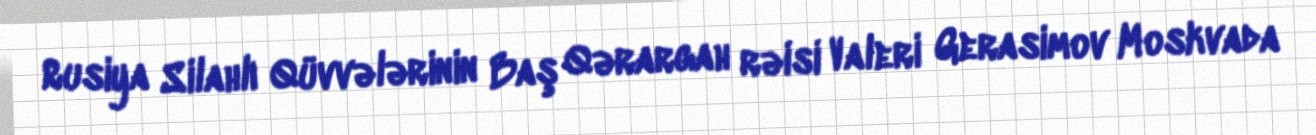
Rusiya Silahlı Qüvvələrinin Baş Qərargah rəisi Valeri Gerasimov Moskvada